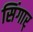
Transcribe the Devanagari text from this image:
सिंगार्